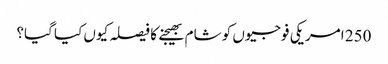
250 امریکی فوجیوں کو شام بھیجنے کا فیصلہ کیوں کیا گیا؟